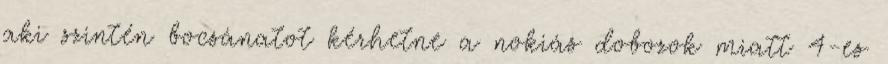
aki szintén bocsánatot kérhetne a nokiás dobozok miatt 4-es